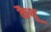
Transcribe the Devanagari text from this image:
कैथू